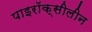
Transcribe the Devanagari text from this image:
पाइरॉक्सीलीन